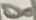
Text: 8